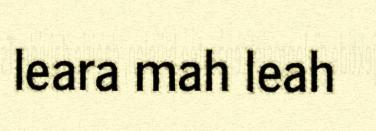
leara mah leah